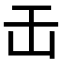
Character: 𠙻